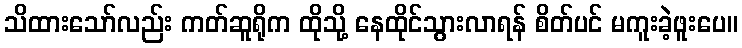
သိထားသော်လည်း ကတ်ဆူရိုက ထိုသို့ နေထိုင်သွားလာရန် စိတ်ပင် မကူးခဲ့ဖူးပေ။